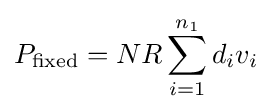
P_{\text{fixed}}=NR\sum _{i=1}^{n_{1}}d_{i}v_{i}